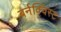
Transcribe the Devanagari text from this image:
बर्नक्विस्ट